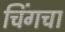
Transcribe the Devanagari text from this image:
चिंगचा